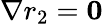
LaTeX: \nabla r_{2}=\mathbf{0}